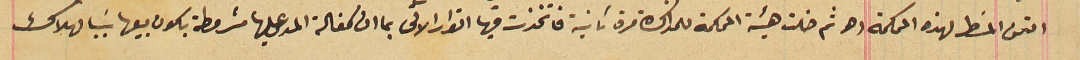
التمن المسَطر لهذه المحكمة الخ ثم خلت هيئة المحكمة للمذاكره مرة ثانية فاتخذت فيها القرار الاتى بما ان كفالة المدعى عليها مشروطة يكون بيعها سَبب لهلاك